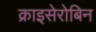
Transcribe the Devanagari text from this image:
क्राइसेरोबिन